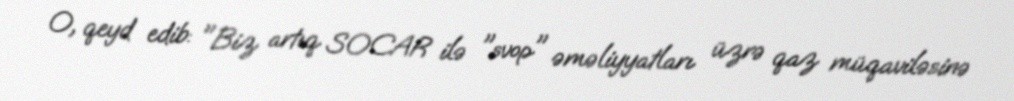
O, qeyd edib: "Biz artıq SOCAR ilə "svop" əməliyyatları üzrə qaz müqaviləsinə